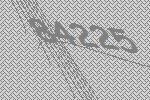
84225